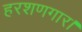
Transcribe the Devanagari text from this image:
हरशणगार।